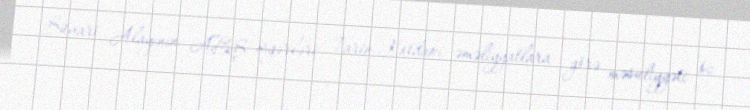
Süvari Alayının ABŞ əsgərləri Tarin-Kotdakı əməliyyatlara görə məsuliyyəti öz